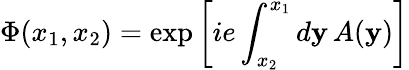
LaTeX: \Phi(x_{1},x_{2})=\exp\left[ie\int_{x_{2}}^{x_{1}}d\mathbf{y}\, A(\mathbf{y})\right]